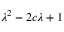
\lambda ^ { 2 } - 2 c \lambda + 1